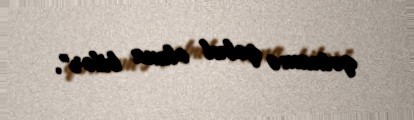
qətnamə qəbul oluna bilər".